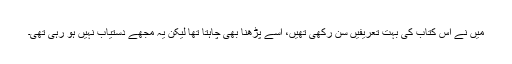
میں نے اس کتاب کی بہت تعریفیں سن رکھی تھیں، اسے پڑھنا بھی چاہتا تھا لیکن یہ مجھے دستیاب نہیں ہو رہی تھی۔